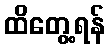
ထိတွေ့ရန်